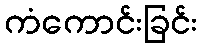
ကံကောင်းခြင်း